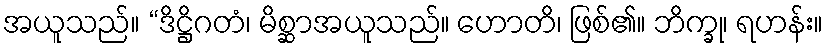
အယူသည်။ “ဒိဋ္ဌိဂတံ၊ မိစ္ဆာအယူသည်။ ဟောတိ၊ ဖြစ်၏။ ဘိက္ခု၊ ရဟန်း။